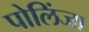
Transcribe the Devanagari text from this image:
पोलिंजा